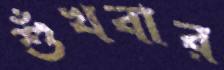
শুঁখবার